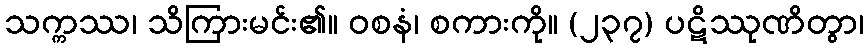
သက္ကဿ၊ သိကြားမင်း၏။ ဝစနံ၊ စကားကို။ (၂၃၇) ပဋိဿုဏိတွာ၊